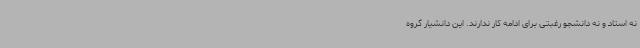
نه استاد و نه دانشجو رغبتی برای ادامه کار ندارند. این دانشیار گروه